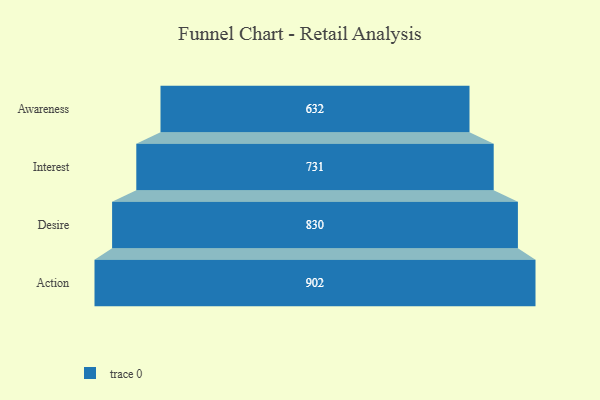
{"axis": {"x": "Stage", "y": "Value"}, "legend": [""], "data": [{"x": "Awareness", "y": 632.0, "type": ""}, {"x": "Interest", "y": 731.0, "type": ""}, {"x": "Desire", "y": 830.0, "type": ""}, {"x": "Action", "y": 902.0, "type": ""}]}